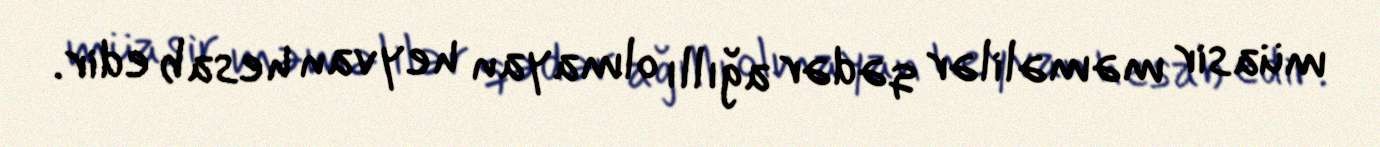
müasir məməlilər qədər ağıllı olmayan heyvan hesab edir.